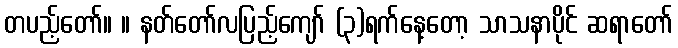
တပည့်တော်။ ။ နတ်တော်လပြည့်ကျော် (၃)ရက်နေ့တော့ သာသနာပိုင် ဆရာတော်